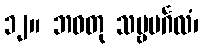
၁၂။ ဘဝတု သဗ္ဗမင်္ဂလံ၊